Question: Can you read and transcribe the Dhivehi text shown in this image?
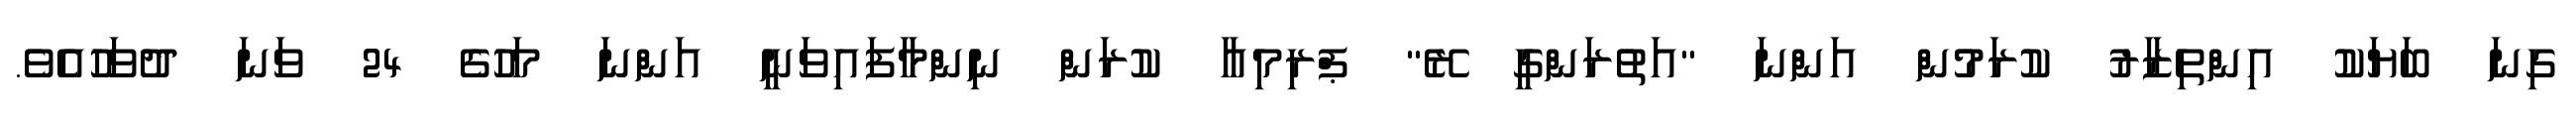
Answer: ގިނަ ބަޔަކު އިންތިޒާރު ކުރަމުން އަންނަ "އަތުރަންގީ ރޭ" ޕްރިމިއާ ކުރަން ނިންމާފައިވަނީ އަންނަ މަހުގެ 24 ވަނަ ދުވަހުއެވެ.